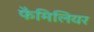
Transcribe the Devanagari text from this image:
फैमिलियर